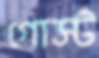
গোস্ট